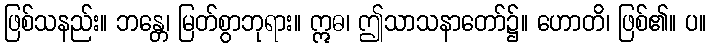
ဖြစ်သနည်း။ ဘန္တေ၊ မြတ်စွာဘုရား။ ဣဓ၊ ဤသာသနာတော်၌။ ဟောတိ၊ ဖြစ်၏။ ပ။